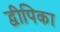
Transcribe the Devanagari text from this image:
द्वीपिका